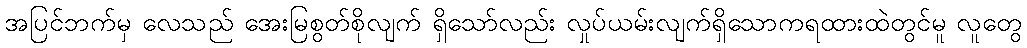
အပြင်ဘက်မှ လေသည် အေးမြစွတ်စိုလျက် ရှိသော်လည်း လှုပ်ယမ်းလျက်ရှိသောကရထားထဲတွင်မူ လူတွေ